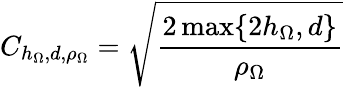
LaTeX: C_{h_{\Omega},d,\rho_{\Omega}}=\sqrt{\frac{2\operatorname*{max}\{ 2h_{\Omega},d\} }{\rho_{\Omega}}}